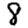
Digit: 8